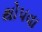
થોપવા